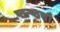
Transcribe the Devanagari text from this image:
ष्ठन्ष्ठचौ